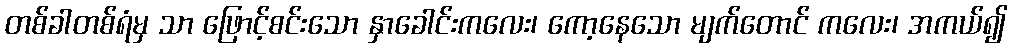
တစ်ခါတစ်ရံမှ သာ ဖြောင့်စင်းသော နှာခေါင်းကလေး၊ ကော့နေသော မျက်တောင် ကလေး၊ အကယ်၍